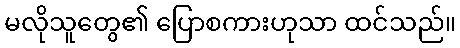
မလိုသူတွေ၏ ပြောစကားဟုသာ ထင်သည်။